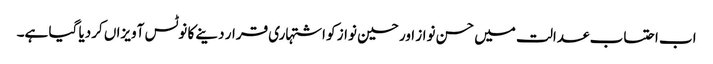
اب احتساب عدالت میں حسن نواز اور حسین نواز کو اشتہاری قرار دینے کا نوٹس آویزاں کردیا گیا ہے۔